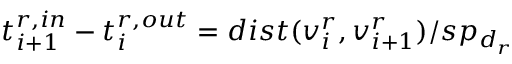
t _ { i + 1 } ^ { r , i n } - t _ { i } ^ { r , o u t } = d i s t ( v _ { i } ^ { r } , v _ { i + 1 } ^ { r } ) / s p _ { d _ { r } }